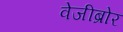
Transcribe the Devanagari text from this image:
वेजीब्रोर